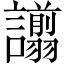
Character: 譾